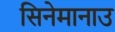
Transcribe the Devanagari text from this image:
सिनेमानाउ